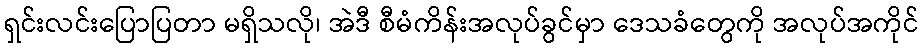
ရှင်းလင်းပြောပြတာ မရှိသလို၊ အဲဒီ စီမံကိန်းအလုပ်ခွင်မှာ ဒေသခံတွေကို အလုပ်အကိုင်